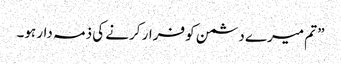
” تم میرے دشمن کو فرار کرنے کی ذمہ دار ہو۔